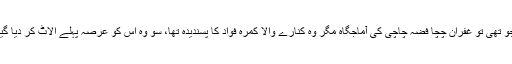
جو تھی تو غفران چچا فضہ چاچی کی آماجگاہ مگر وہ کنارے والا کمرہ فواد کا پسندیدہ تھا، سو وہ اس کو عرصہ پہلے الاٹ کر دیا گیا۔